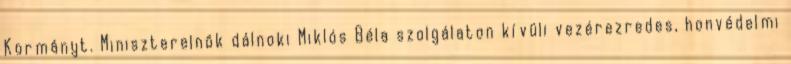
Kormányt. Miniszterelnök dálnoki Miklós Béla szolgálaton kívüli vezérezredes, honvédelmi